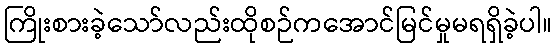
ကြိုးစားခဲ့သော်လည်းထိုစဉ်ကအောင်မြင်မှုမရရှိခဲ့ပါ။